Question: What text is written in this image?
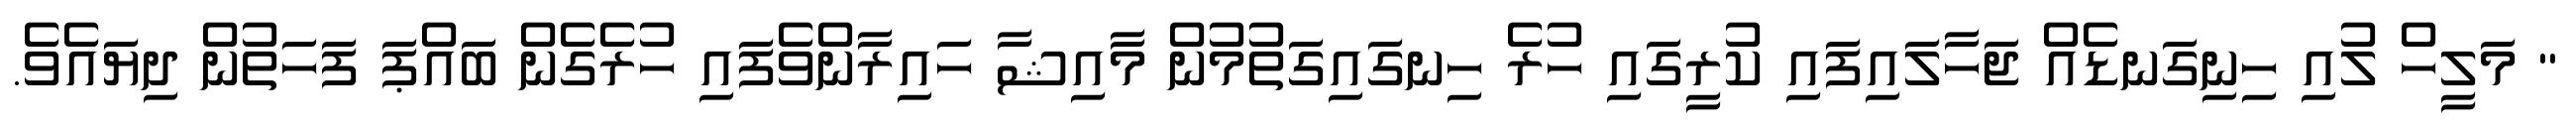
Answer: " މަލީހް ލުއި ހިނިގަނޑެއް ޖަހާލައިފައި ކުރީގައި ހުރެ ހިނގައިގަތުމުން މާއިޝާ ހައިރާންވެފައި ހުރެގެން ބައްޕަ ފަހަތުން ދިޔައެވެ.